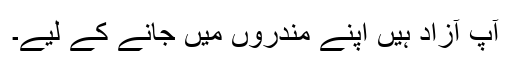
آپ آزاد ہیں اپنے مندروں میں جانے کے لیے۔